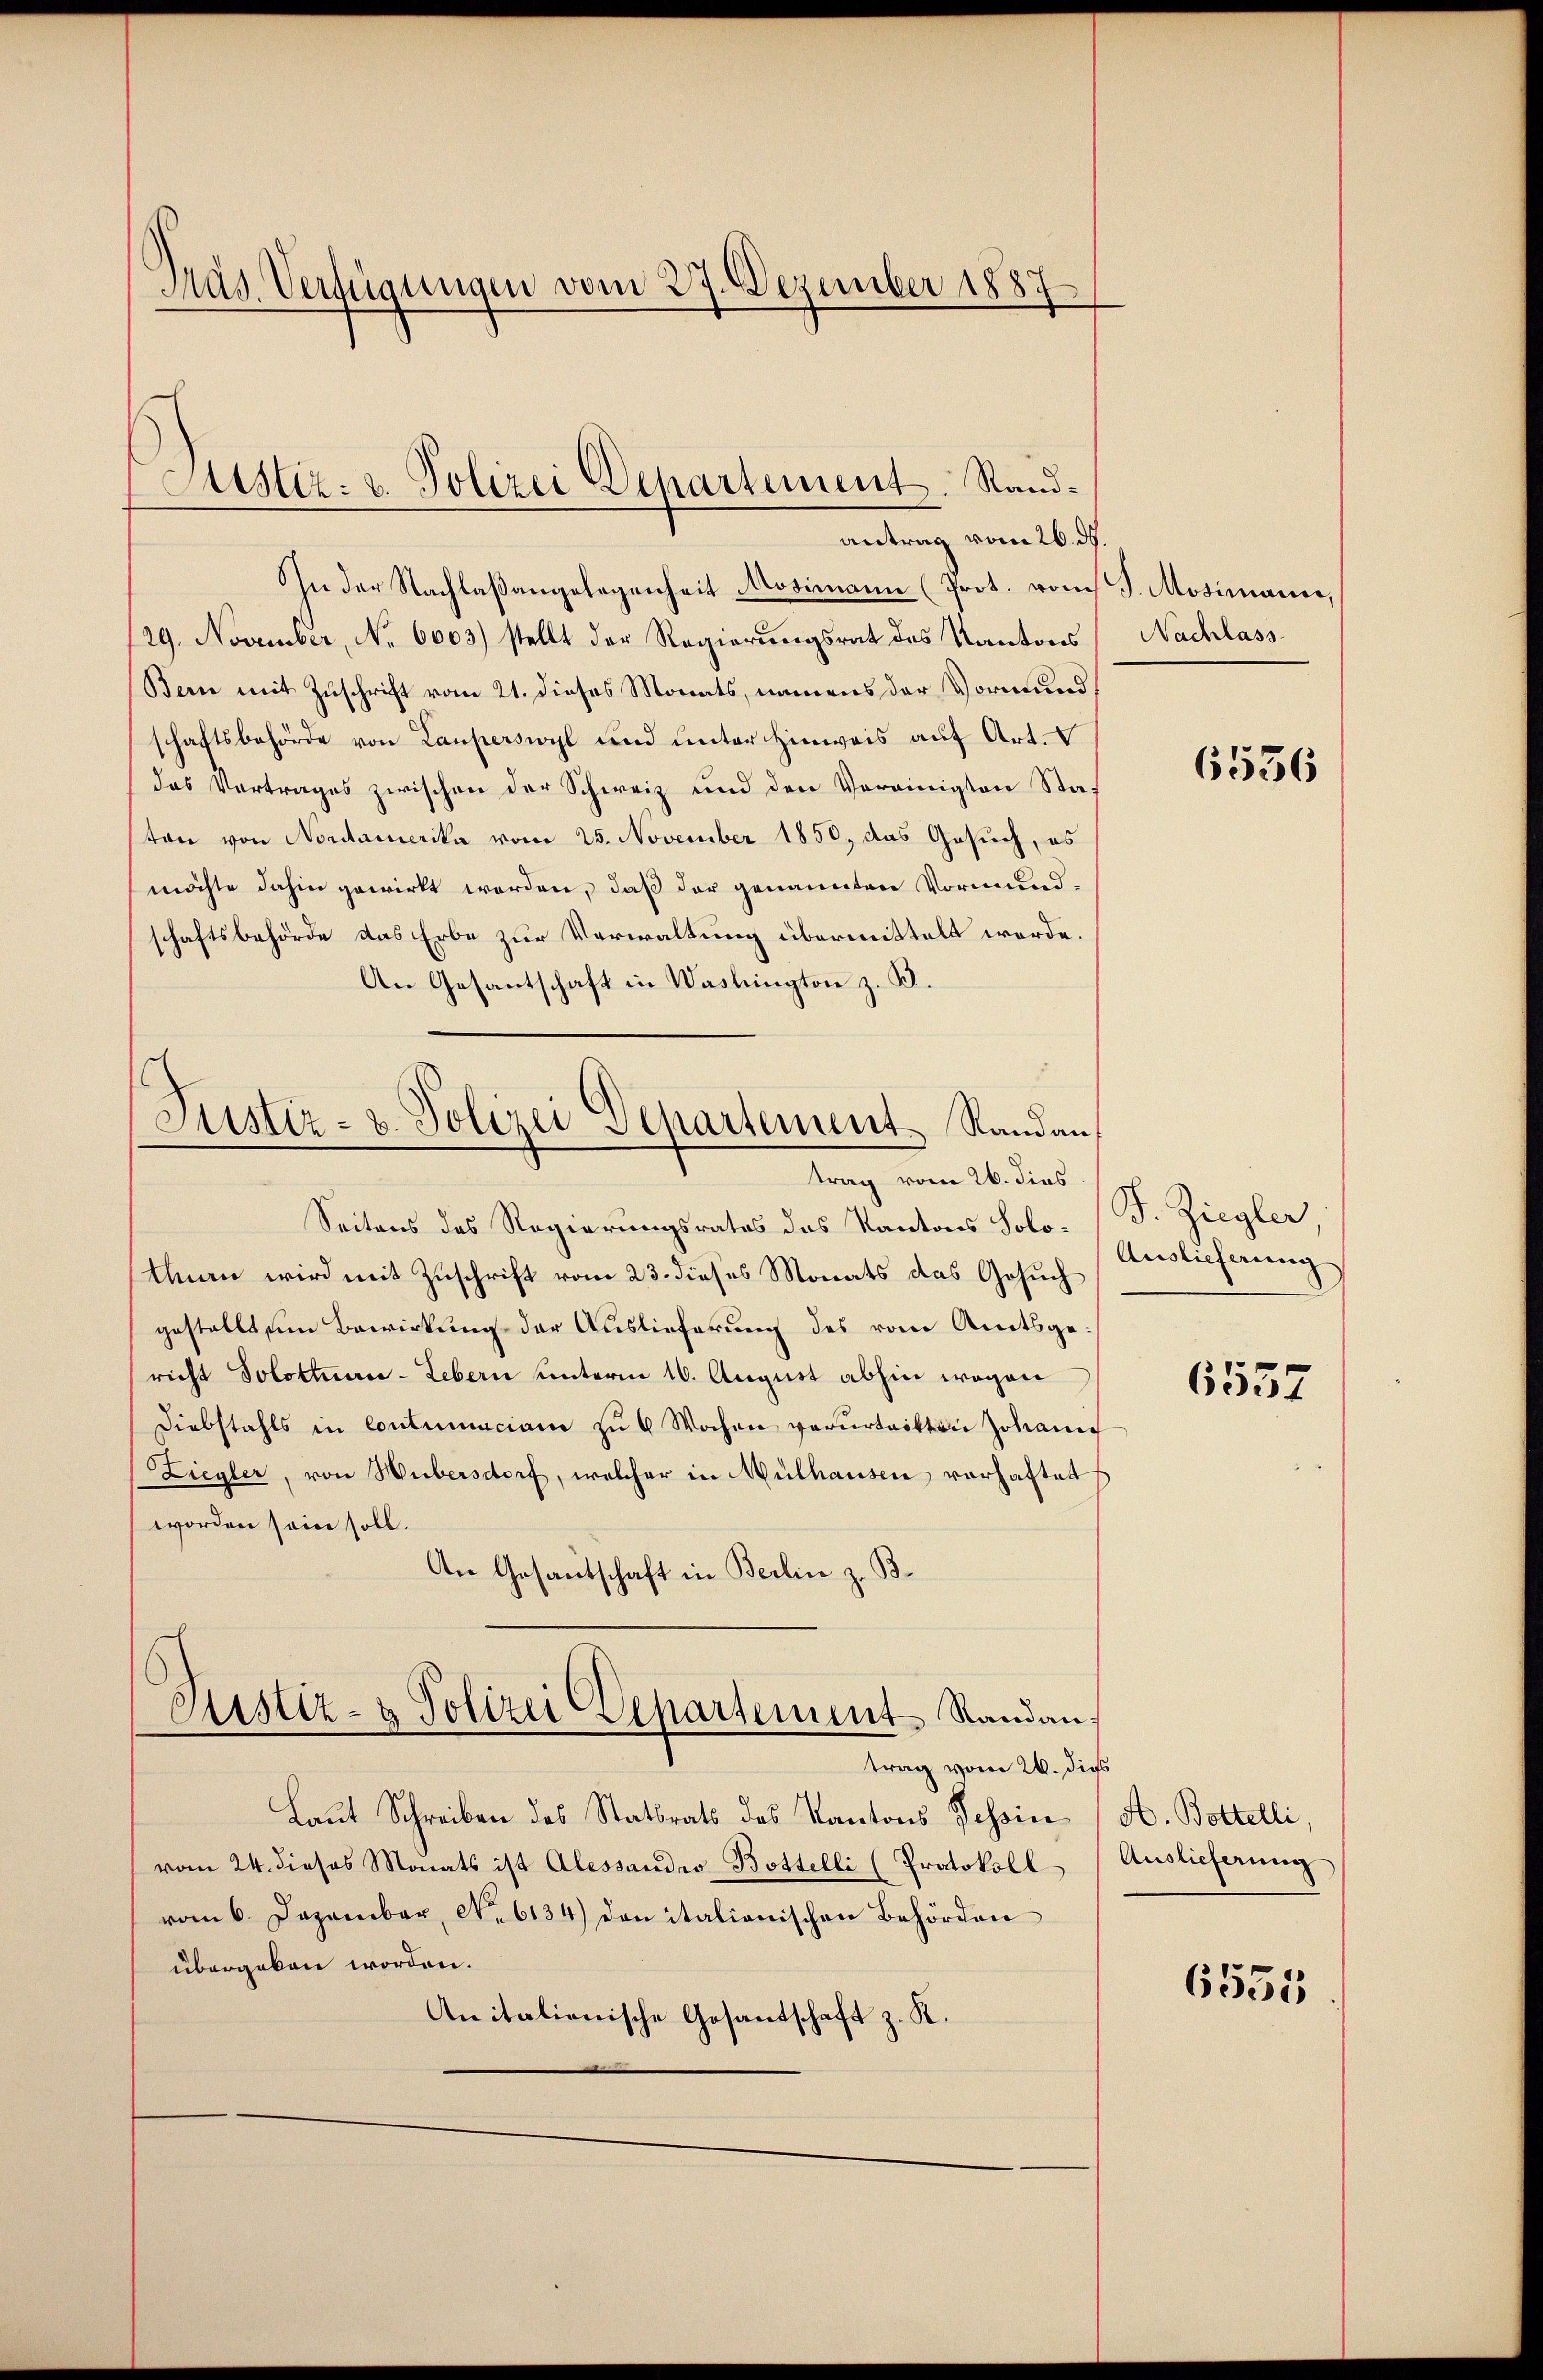
Mas. Verfügungen vom 27. Dezember 1887

Justiz- u. Polizei Departement. Standantrag vom 26. ds.

In der Nachlaßangelegenheit Mosimann (Prot. vom
29. November, No 6003) stellt der Regierungsrat des Kantons
Bern mit Zuschrift vom 21. dieses Monats, namens der Vormund
schaftsbehörde von Lauperswyl und unter Hinweis auf Art.
das Vertrages zwischen der Schweiz und den Vereinigten Staton von Nordamerika vom 25. November 1850, das Gesuch, es
möchte dahin gewirkt worden, daß der genannten Vormundschaftsbehörde das Erbe zur Verwaltung übermittelt werde.
An Gesantschaft in Washington z. B.
Seitens des Regierungsrates das Kantons Solo- (T. Ziegler,
Thun wird mit Zuschrift vom 23. dieses Monats das Gesuch
gestellt um Bewirkung der Auslieferung des vom Amtsgericht Solottuan-Lebern unterm 16. August abhin wegen
Diebstahls in Contumaciam zŭ 6 Wochen verŭrtritten Johann
Ziegler, von Hubersdorf, welcher in Mülhausen vorhaftet
worden sein soll.
An Gesantschaft in Berlin z. B.
Justiz- & Polizei Departement Randantrag vom 26. dies
Laut Schreiben des Statsrats des Kantons Tessin
vom 24. dieses Monats ist Alessaudis-Bottelli (Protokoll
vom 6. Dezember, No. 6134) den italionischen Behörden
übergeben worden.
Anitalienische Gesantschaft z. K.

Justiz- u. Polizei Departement. Randan,
trag vom 26. dies

J. Mosimann,
Nachlass

6556

Auslieferung

6557

A. Bottelli
Auslieferung

6535